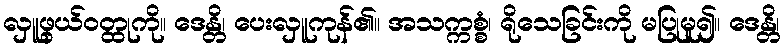
လှူဖွယ်ဝတ္ထုကို။ ဒေန္တိ၊ ပေးလှူကုန်၏။ အသက္ကစ္စံ၊ ရိုသေခြင်းကို မပြုမူ၍။ ဒေန္တိ၊